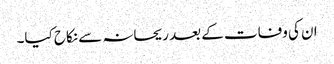
ان کی وفات کے بعد ریحانہ سے نکاح کیا۔